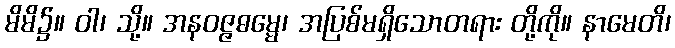
မိမိ၌။ ဝါ၊ သို့။ အနဝဇ္ဇဓမ္မေ၊ အပြစ်မရှိသောတရား တို့ကို။ နာမေတိ၊